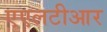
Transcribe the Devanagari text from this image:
एएलटीआर